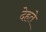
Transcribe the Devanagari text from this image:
देहते